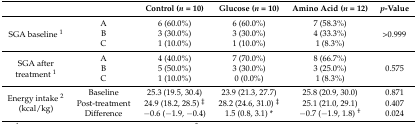
| <COLSPAN=2>  | Control (n = 10) | Glucose (n = 10) | Amino Acid (n = 12) | p-Value |
 | --- | --- | --- | --- | --- | --- |
 | <ROWSPAN=3> SGA baseline 1 | A | 6 (60.0%) | 6 (60.0%) | 7 (58.3%) | <ROWSPAN=3> >0.999 |
 | B | 3 (30.0%) | 3 (30.0%) | 4 (33.3%) |
 | C | 1 (10.0%) | 1 (10.0%) | 1 (8.3%) |
 | <ROWSPAN=3> SGA after treatment 1 | A | 4 (40.0%) | 7 (70.0%) | 8 (66.7%) | <ROWSPAN=3> 0.575 |
 | B | 5 (50.0%) | 3 (30.0%) | 3 (25.0%) |
 | C | 1 (10.0%) | 0 (0.0%) | 1 (8.3%) |
 | <ROWSPAN=3> Energy intake 2 (kcal/kg) | Baseline | 25.3 (19.5, 30.4) | 23.9 (21.3, 27.7) | 25.8 (20.9, 30.0) | 0.871 |
 | Post-treatment | 24.9 (18.2, 28.5) ‡ | 28.2 (24.6, 31.0) ‡ | 25.1 (21.0, 29.1) | 0.407 |
 | Difference | −0.6 (−1.9, −0.4) | 1.5 (0.8, 3.1) * | −0.7 (−1.9, 1.8) † | 0.024 |